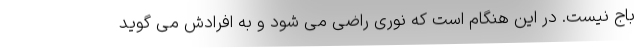
باج نیست. در این هنگام است که نوری راضی می شود و به افرادش می گوید